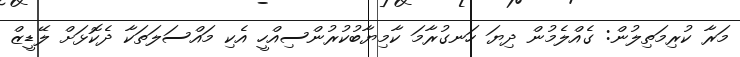
މަރާ ކުރިމަތިލުން: ގެއްލެމުން ދިޔަ ހަނގުރާމަ ކާމިޔާބުކުރުންސިއްހީ އެކި މައްސަލަތަކާ ދެކޮޅަށް ލޭޑީޒް